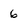
Character: 6